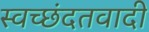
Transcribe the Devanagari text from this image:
स्वच्छंदतवादी